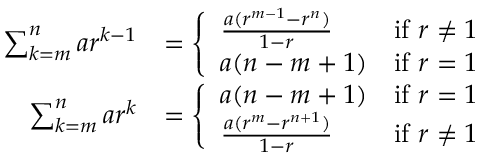
{ \begin{array} { r l } { \sum _ { k = m } ^ { n } a r ^ { k - 1 } } & { = { \left\{ \begin{array} { l l } { { \frac { a ( r ^ { m - 1 } - r ^ { n } ) } { 1 - r } } } & { { \mathrm { i f ~ } } r \neq 1 } \\ { a ( n - m + 1 ) } & { { \mathrm { i f ~ } } r = 1 } \end{array} \right. } } \\ { \sum _ { k = m } ^ { n } a r ^ { k } } & { = { \left\{ \begin{array} { l l } { a ( n - m + 1 ) } & { { \mathrm { i f ~ } } r = 1 } \\ { { \frac { a ( r ^ { m } - r ^ { n + 1 } ) } { 1 - r } } } & { { \mathrm { i f ~ } } r \neq 1 } \end{array} \right. } } \end{array} }